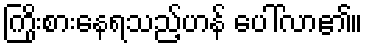
ကြိုးစားနေရသည့်ဟန် ပေါ်လာ၏။